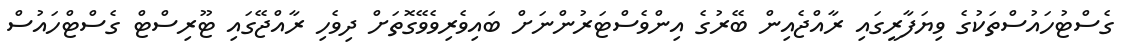
ގެސްޓުހައުސްތަކުގެ ވިޔަފާރީގައި ރާއްޖެއިން ބޭރުގެ އިންވެސްޓަރުންނަށް ބައިވެރިވެވޭގޮތަށް ދިވެހި ރާއްޖޭގައި ޓޫރިސްޓް ގެސްޓްހައުސް